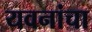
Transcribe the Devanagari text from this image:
यवनांचा